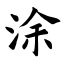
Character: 涂